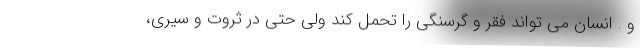
و . انسان می تواند فقر و گرسنگی را تحمل کند ولی حتی در ثروت و سیری،